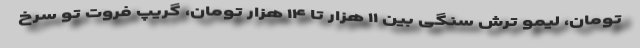
تومان، لیمو ترش سنگی بین ۱۱ هزار تا ۱۴ هزار تومان، گریپ فروت تو سرخ